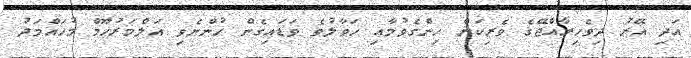
އަދި އޭރު ދިވެހިރާއްޖޭގެ ވެރިކަން ހިންގެވުމާއި ހަވާލުވެ ވަޑައިގެން ހުންނެވި އަލްމަރުޙޫމް މުހައްމަދު